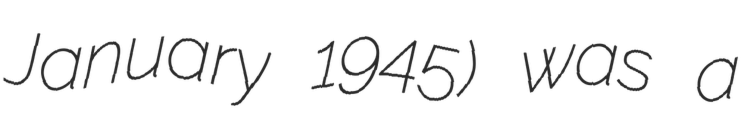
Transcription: January 1945) was a